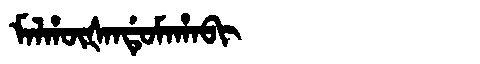
Manchu: ᠮᠠᠯᡥᡡᡧᠠᠨᡩᡠᠮᠠᡥᠠᠪᡳ
Romanization: MALHŪŠANDUMAHABI